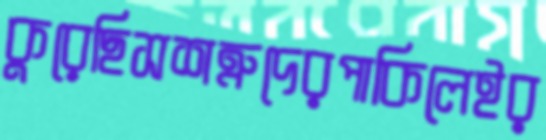
কুরেছিসশত্রুদেরপাকিলেইর